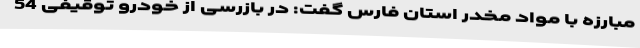
مبارزه با مواد مخدر استان فارس گفت: در بازرسی از خودرو توقیفی 54